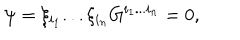
\psi = \xi _ { i _ { 1 } } . . . \xi _ { i _ { n } } G ^ { i _ { 1 } . . . i _ { n } } = 0 ,